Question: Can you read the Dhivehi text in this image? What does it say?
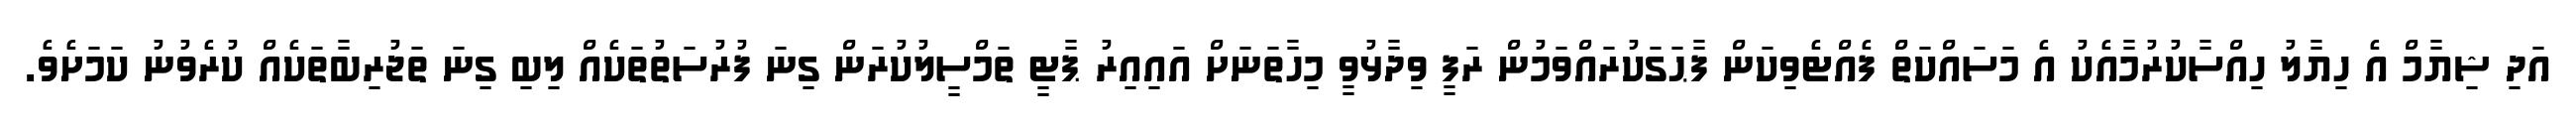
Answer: އަދި ޝިޔާމް އެ ހިޔާލު ހިއްސާކުރުމާއެކު އެ މަސައްކަތް ފެއްޓެވިކަން ފާޙަގަކުރައްވަމުން ރަފީ ވިދާޅުވީ މިހާތަނަށް އައިއިރު ޕާޓީ ތަމްސީލުކުރަން ގިނަ ފުރުސަތުތަކެއް ލިބި ގިނަ ތަޖުރިބާތަކެއް ކުރެވުނު ކަމަށެވެ.